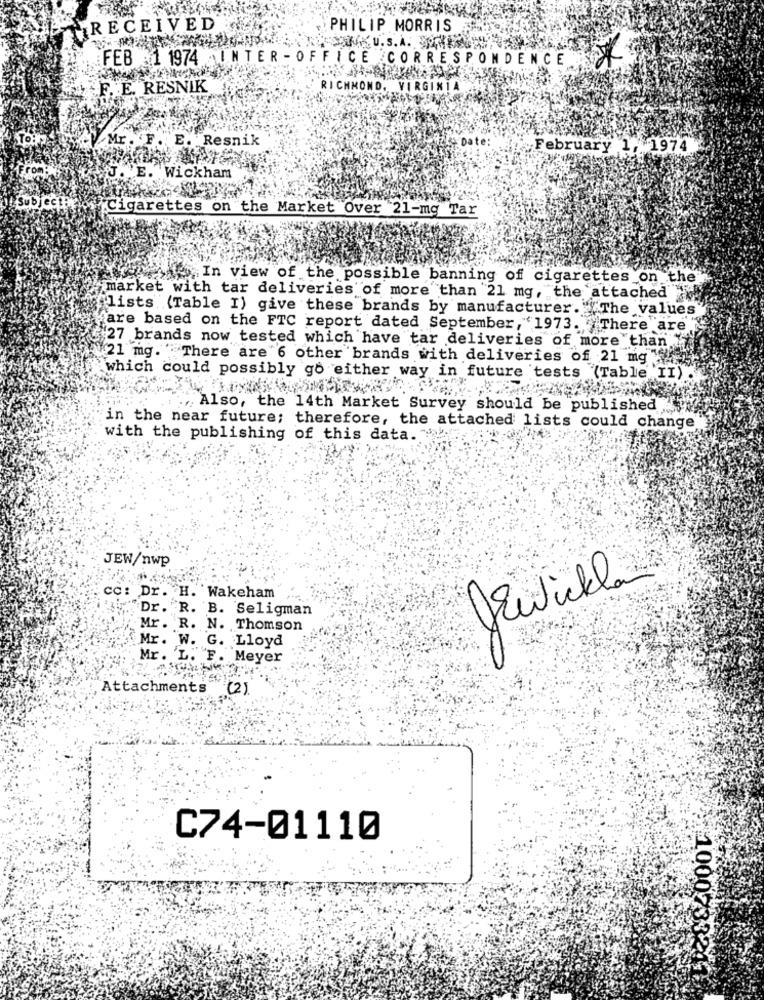
RECEIVED
PHILIP MORRIS
FEB
31 1974
PINTER - OFFICE CORRESPONDENCE
F. E. RESNIK
RICHMOND, VIRGINIA
Mr. F. E. Resnik
"Dat
February 1, 1974
J. E. Wickham
Cigarettes on the Market Over 21-mg Tar
In view of the possible banning of cigarettes on the'
market with tar deliveries of more than 21 mg, the attached
"lists (Table I) give these brands by manufacturer. "The values
are based on the FTC report dated September, 1973. There are
27 brands now tested which have tar deliveries of more than
21 mg. There are 6 other brands with deliveries of 21 mg
which could possibly go either way in future tests (Table II) .
Also, the 14th Market Survey should be published
in the near future; therefore, the attached lists could change
with the publishing of this data.
JEW/nwp
CC: Dr. H. Wakeham
Dr. R. B. Seligman
Mr. R. N. Thomson
Mr. W. G. Lloyd
Mr. L. F. Meyer
Attachments
(2)
C74-01110
10007332